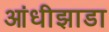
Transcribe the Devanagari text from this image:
आंधीझाडा